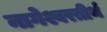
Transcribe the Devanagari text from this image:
नागेश्वरतीर्थ